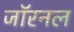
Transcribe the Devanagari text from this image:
जॉरनल